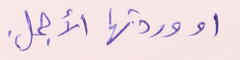
او وردتها الأجمل.